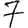
Digit: 7